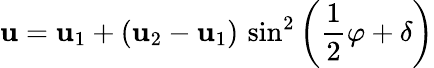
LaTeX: \mathbf{u}=\mathbf{u}_{1}+\left(\mathbf{u}_{2}-\mathbf{u}_{1}\right)\, \sin^{2}\left({\frac{{1}}{{2}}}\varphi+\delta\right)